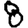
Digit: 8